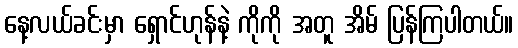
နေ့လယ်ခင်းမှာ ရှောင်ဟုန်နဲ့ ကိုကို အတူ အိမ် ပြန်ကြပါတယ်။